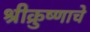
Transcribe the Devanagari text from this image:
श्रीक्रुष्णाचे